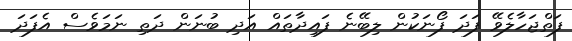
ފަތްޖަހާލެވޭ ފަދަ ފޯނަކުން ލިބޭނެ ފައިދާތައް އަދި ބުނަން ދަތި ނަމަވެސް އެފަދަ